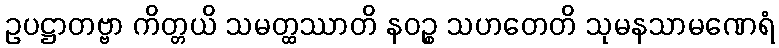
ဥပဋ္ဌာတဗ္ဗာ ကိတ္တယိ သမတ္ထဿာတိ နဝဉ္စ သဟတေတိ သုမနသာမဏေရံ